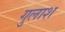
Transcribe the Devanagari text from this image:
गुलाश